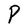
Character: P